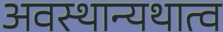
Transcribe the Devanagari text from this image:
अवस्थान्यथात्व